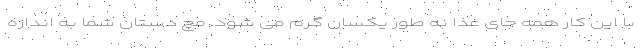
با این کار همه جای غذا به طور یکسان گرم می شود. مچ دستان شما به اندازه